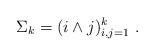
LaTeX: \begin{align*} \Sigma_k = (i \wedge j)_{i, j = 1}^k~. \end{align*}